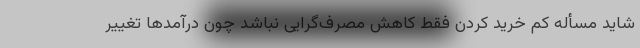
شاید مسأله کم خرید کردن فقط کاهش مصرف‌گرایی نباشد چون درآمدها تغییر